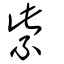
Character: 紫